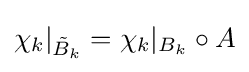
\chi _{k}|_{{\tilde {B}}_{k}}=\chi _{k}|_{B_{k}}\circ A